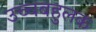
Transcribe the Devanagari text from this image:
उच्चबहुलक